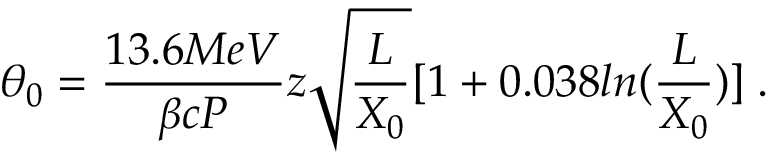
\theta _ { 0 } = \frac { 1 3 . 6 M e V } { \beta c P } z \sqrt { \frac { L } { X _ { 0 } } } [ 1 + 0 . 0 3 8 l n ( \frac { L } { X _ { 0 } } ) ] \; . \,